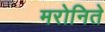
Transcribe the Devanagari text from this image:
मरोनिते